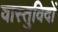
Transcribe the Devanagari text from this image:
वास्‍तुविदों